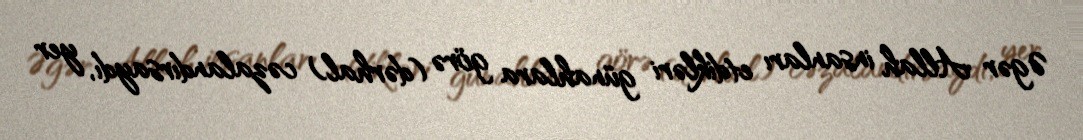
Əgər Allah insanları etdikləri günahlara görə (dərhal) cəzalandırsaydı, yer